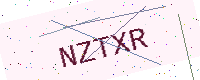
Text: NZTXR